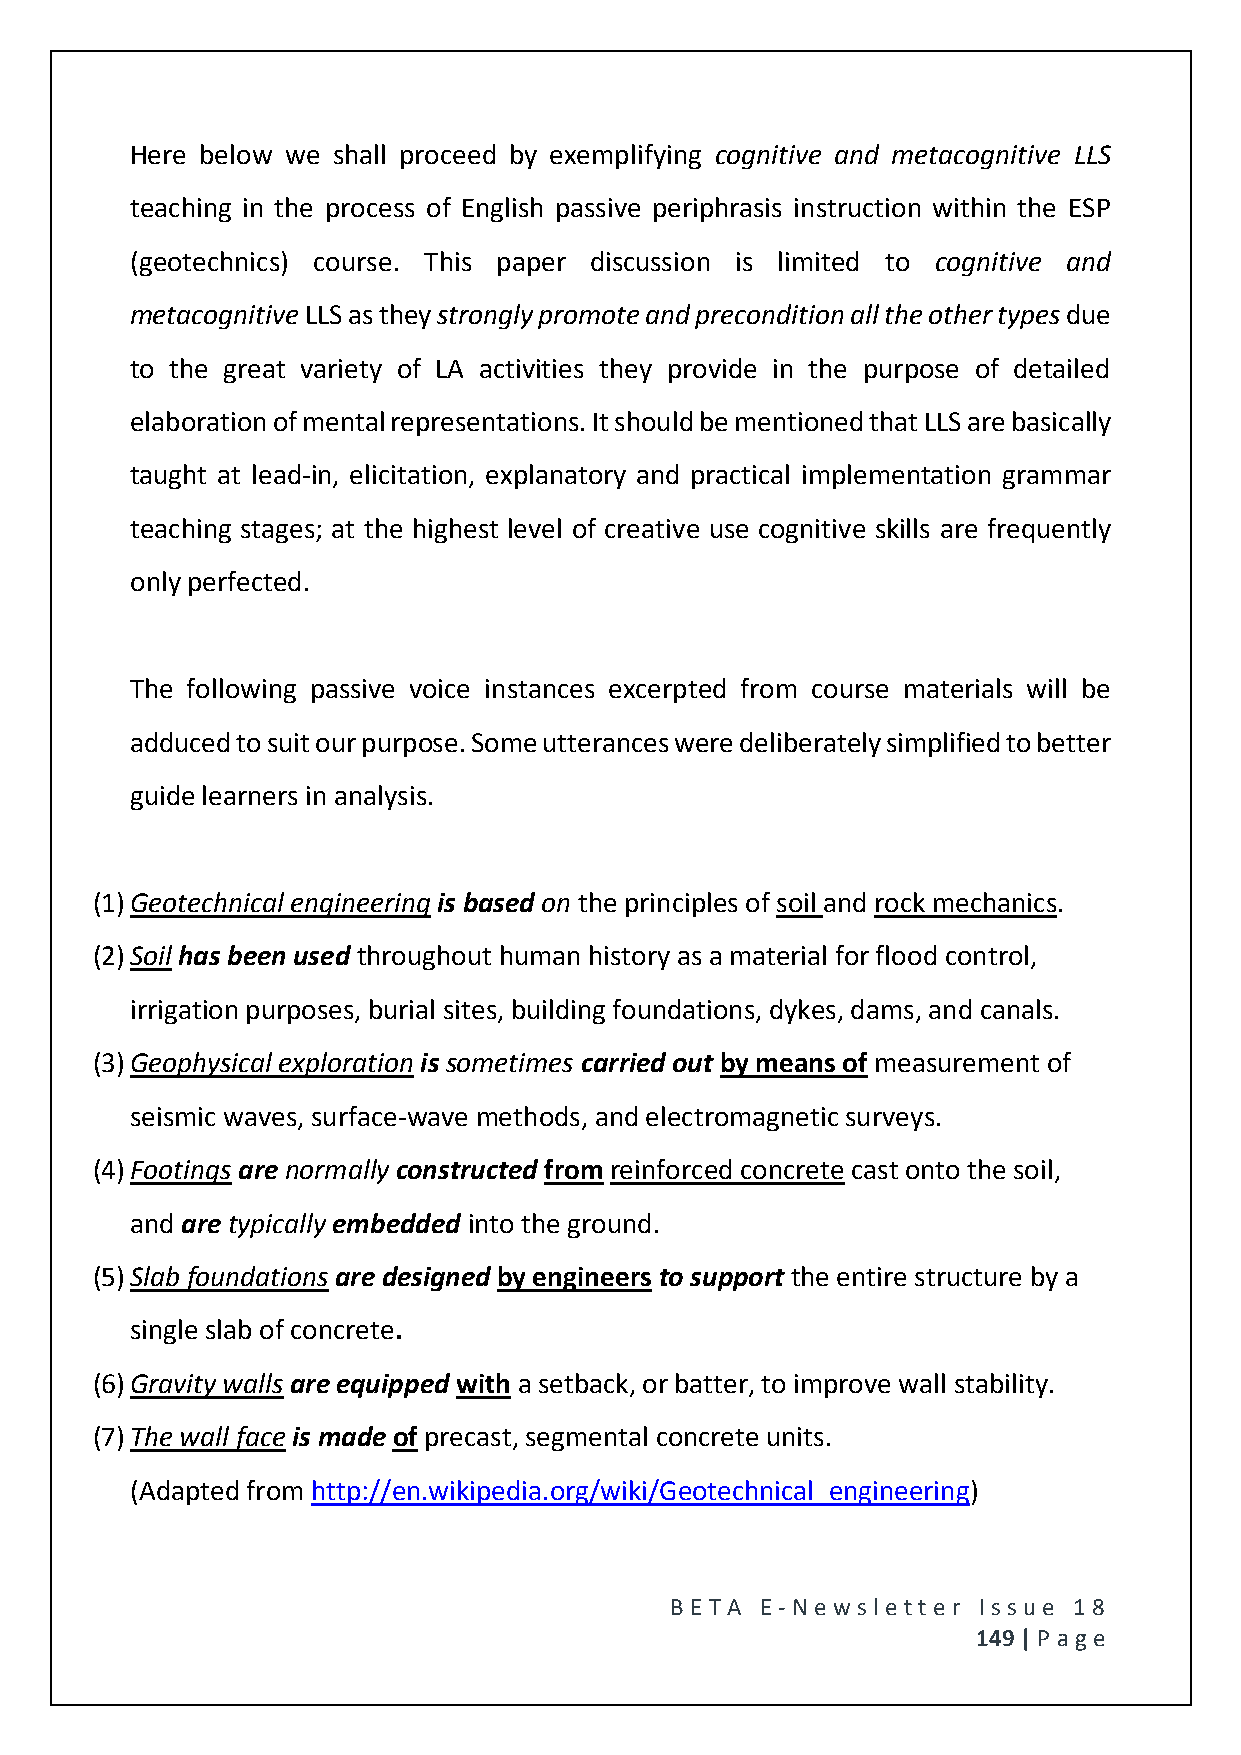
Here below we shall proceed by exemplifying cognitive and metacognitive LLS
 teaching in the process of English passive periphrasis instruction within the ESP
 (geotechnics) course. This paper discussion is limited to cognitive and
 metacognitive LLS as they strongly promote and precondition all the other types due
 to the great variety of LA activities they provide in the purpose of detailed
 elaboration of mental representations. It should be mentioned that LLS are basically
 taught at lead-in, elicitation, explanatory and practical implementation grammar
 teaching stages; at the highest level of creative use cognitive skills are frequently
 only perfected.
 The following passive voice instances excerpted from course materials will be
 adduced to suit our purpose. Some utterances were deliberately simplified to better
 guide learners in analysis.
 (1) Geotechnical engineering is based on the principles of soil and rock mechanics.
 (2) Soil has been used throughout human history as a material for flood control,
 irrigation purposes, burial sites, building foundations, dykes, dams, and canals.
 (3) Geophysical exploration is sometimes carried out by means of measurement of
 seismic waves, surface-wave methods, and electromagnetic surveys.
 (4) Footings are normally constructed from reinforced concrete cast onto the soil,
 and are typically embedded into the ground.
 (5) Slab foundations are designed by engineers to support the entire structure by a
 single slab of concrete.
 (6) Gravity walls are equipped with a setback, or batter, to improve wall stability.
 (7) The wall face is made of precast, segmental concrete units.
 (Adapted from http://en.wikipedia.org/wiki/Geotechnical_engineering)
 BE T A E -N e wsle tt e r Issue 18
 149 | P age